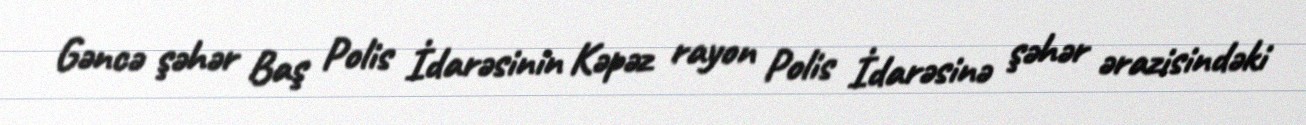
Gəncə şəhər Baş Polis İdarəsinin Kəpəz rayon Polis İdarəsinə şəhər ərazisindəki